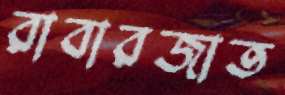
রাবারজাত